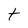
Character: t